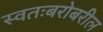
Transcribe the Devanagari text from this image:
स्वतःबरोबरील